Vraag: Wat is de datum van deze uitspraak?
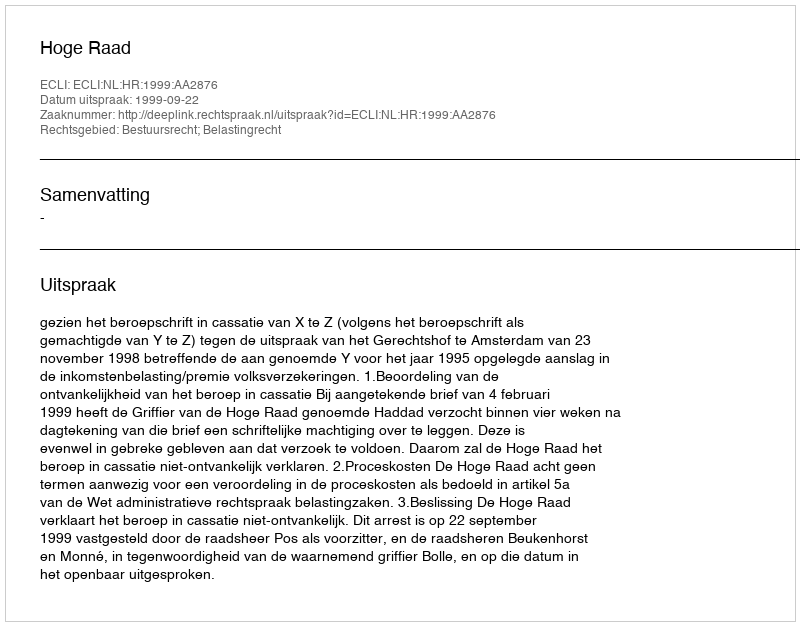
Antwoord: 1999-09-22